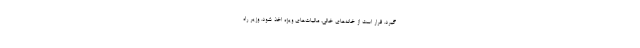
گیرد. قرار است از خانه‌های خالی، مالیات‌های ویژه اخذ شود. وزیر راه